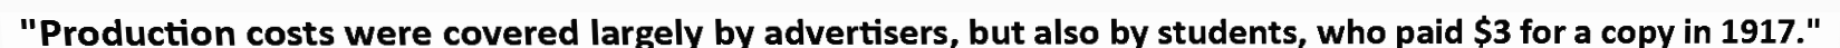
"Production costs were covered largely by advertisers, but also by students, who paid $3 for a copy in 1917."